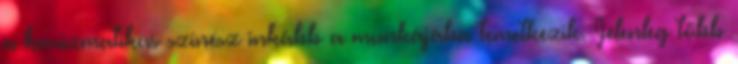
a karizmatikus színész inkább a munkájába temetkezik. Jelenleg több